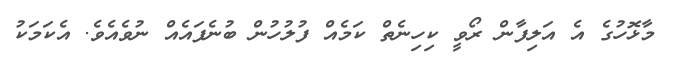
މާޅޮހުގެ އެ އަލިފާން ރޯވީ ކިހިނެތް ކަމެއް ފުލުހުން ބުނެފައެއް ނުވެއެވެ. އެކަމަކު